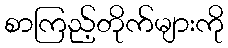
စာကြည့်တိုက်များကို